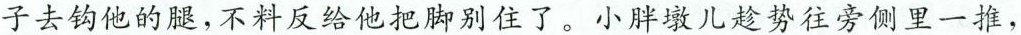
子去钩他的腿，不料反给他把脚别住了。小胖墩儿趁势往旁侧里一推，